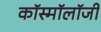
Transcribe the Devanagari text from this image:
कॉस्मॉलॉजी